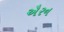
ઐરન